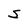
Character: S